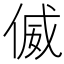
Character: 𠋘